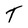
Character: T